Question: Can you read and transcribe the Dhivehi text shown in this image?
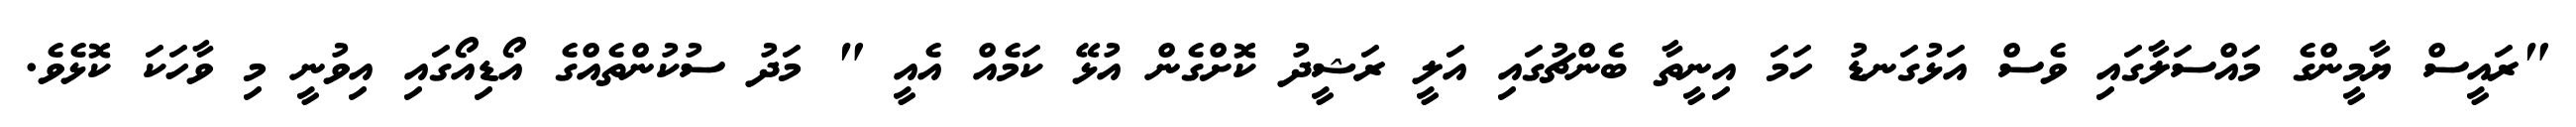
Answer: "ރައީސް ޔާމީންގެ މައްސަލާގައި ވެސް އަޅުގަނޑު ހަމަ އިނީތާ ބެންޗުގައި އަލީ ރަޝީދު ކޮށްގެން އުޅޭ ކަމެއް އެއީ " މަދު ސުކުންތެއްގެ އޯޑިއޯގައި އިވުނީ މި ވާހަކަ ކޮޅެވެ.